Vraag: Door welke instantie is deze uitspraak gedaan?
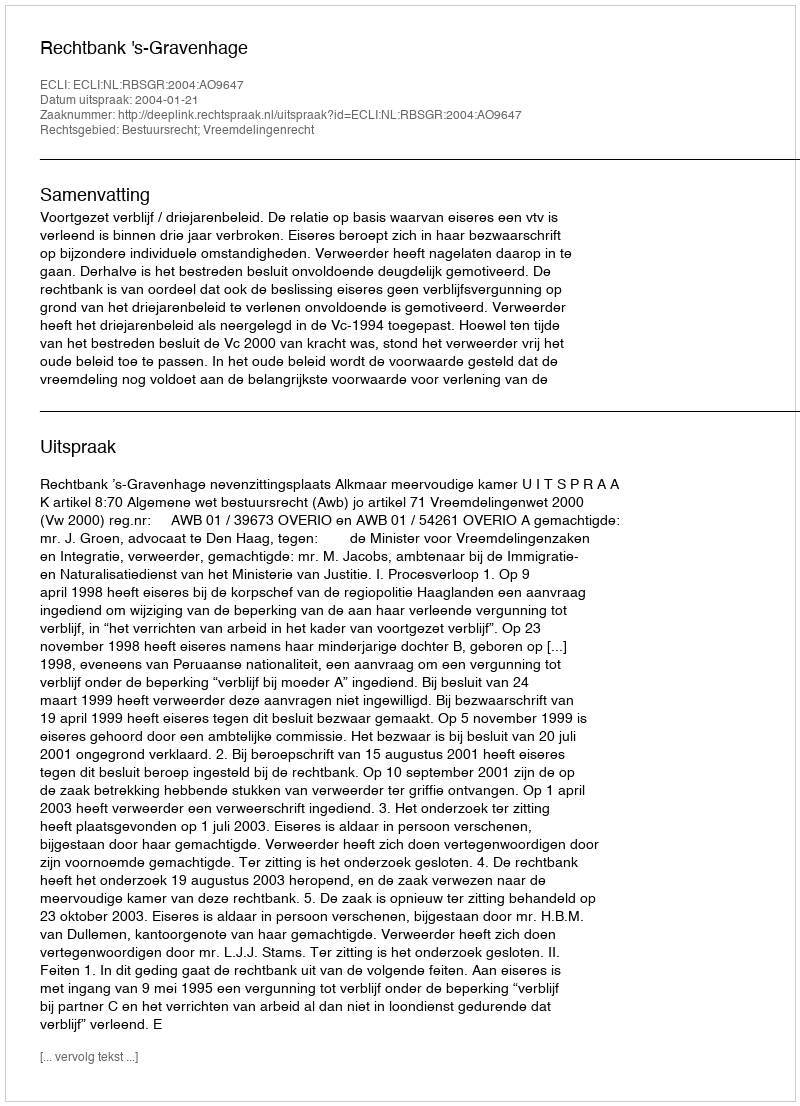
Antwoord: Rechtbank 's-Gravenhage